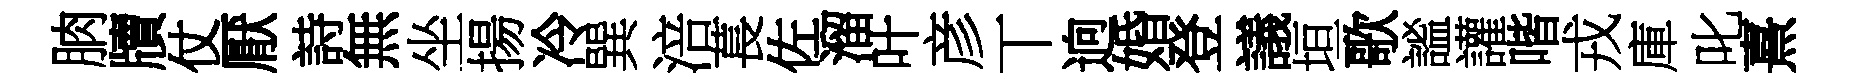
朒牘仗厭詩無坐揚冷巽涪萇佐溜叶彦丅逈婚登議垣歌謐讙喈戎庫叱熹